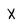
Character: X